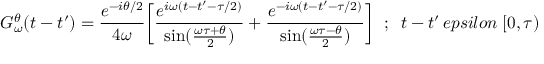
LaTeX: G _ { \omega } ^ { \theta } ( t - t ^ { \prime } ) = { \frac { e ^ { - i \theta / 2 } } { 4 \omega } } \biggl [ { \frac { e ^ { i \omega ( t - t ^ { \prime } - \tau / 2 ) } } { \sin ( { \frac { \omega \tau + \theta } { 2 } } ) } } + { \frac { e ^ { - i \omega ( t - t ^ { \prime } - \tau / 2 ) } } { \sin ( { \frac { \omega \tau - \theta } { 2 } } ) } } \biggr ] \; \; ; \; \; t - t ^ { \prime } \, e p s i l o n \; [ 0 , \tau )